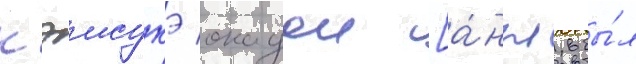
кэисукэ окадои [а́нгл. бы́л